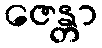
ဇေန္တာ